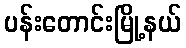
ပန်းတောင်းမြို့နယ်